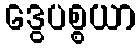
ဒွေပစ္စယာ